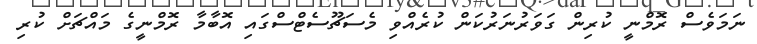
ނަމަވެސް ރޮމްނީ ކުރިން ގަވަރުނަރުކަން ކުރެއްވި މެސަޗޫސެޓްސްގައި އޮބާމާ ރޮމްނީގެ މައްޗަށް ކުރި